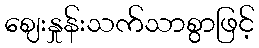
ဈေးနှုန်းသက်သာစွာဖြင့်